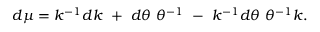
d \mu = k ^ { - 1 } d k ~ + ~ d \theta ~ \theta ^ { - 1 } ~ - ~ k ^ { - 1 } d \theta ~ \theta ^ { - 1 } k .